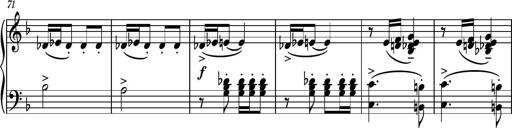
Title: Piano Sonatina II
Composer: Dimitri Sykias
Key: F major